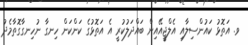
ވ. އަތޮޅު ކައުންސިލާއި އެލްޖީއޭއިން ބައްދަލުކުރީ އެ އަތޮޅުގެ ކަންކަން ހިނގާ ނުހިނގާގޮތާމެދު